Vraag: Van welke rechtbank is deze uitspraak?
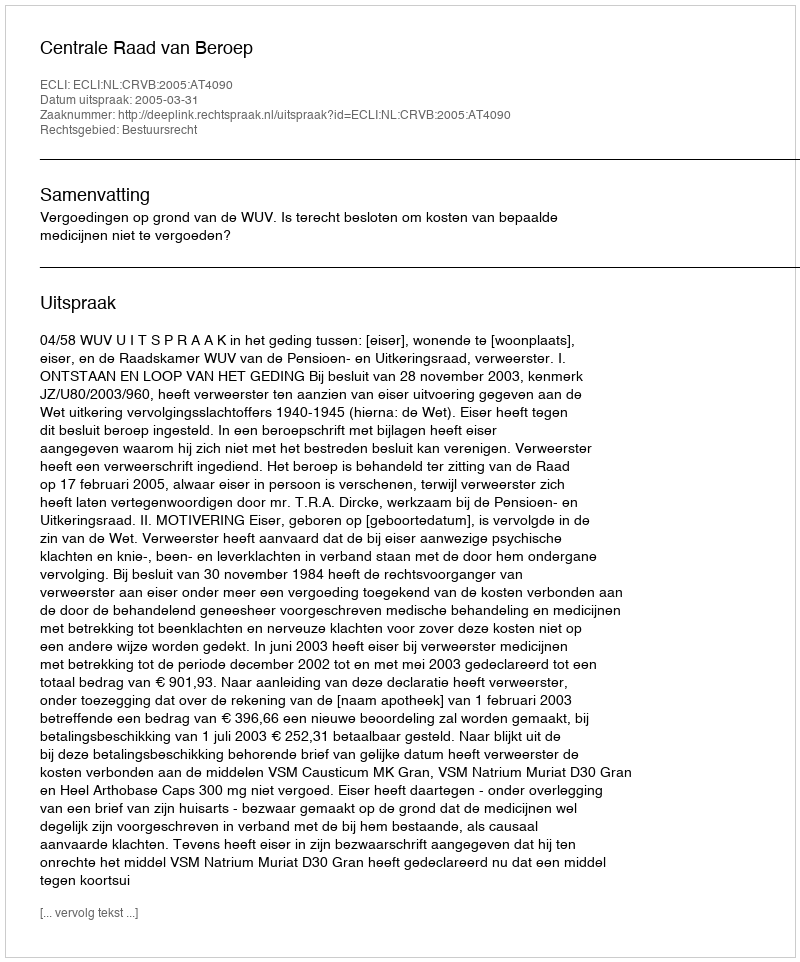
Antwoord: Centrale Raad van Beroep